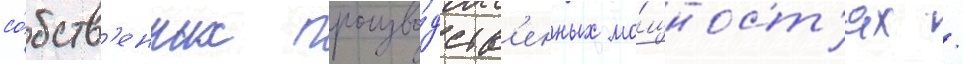
со́бств'енных произво́дств'енных мо́щност'ях /